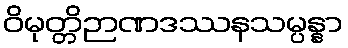
ဝိမုတ္တိဉာဏဒဿနသမ္ပန္နာ